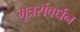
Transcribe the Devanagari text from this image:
मूत्रसंवर्धन